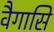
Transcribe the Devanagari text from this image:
वैगासि